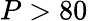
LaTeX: P>80